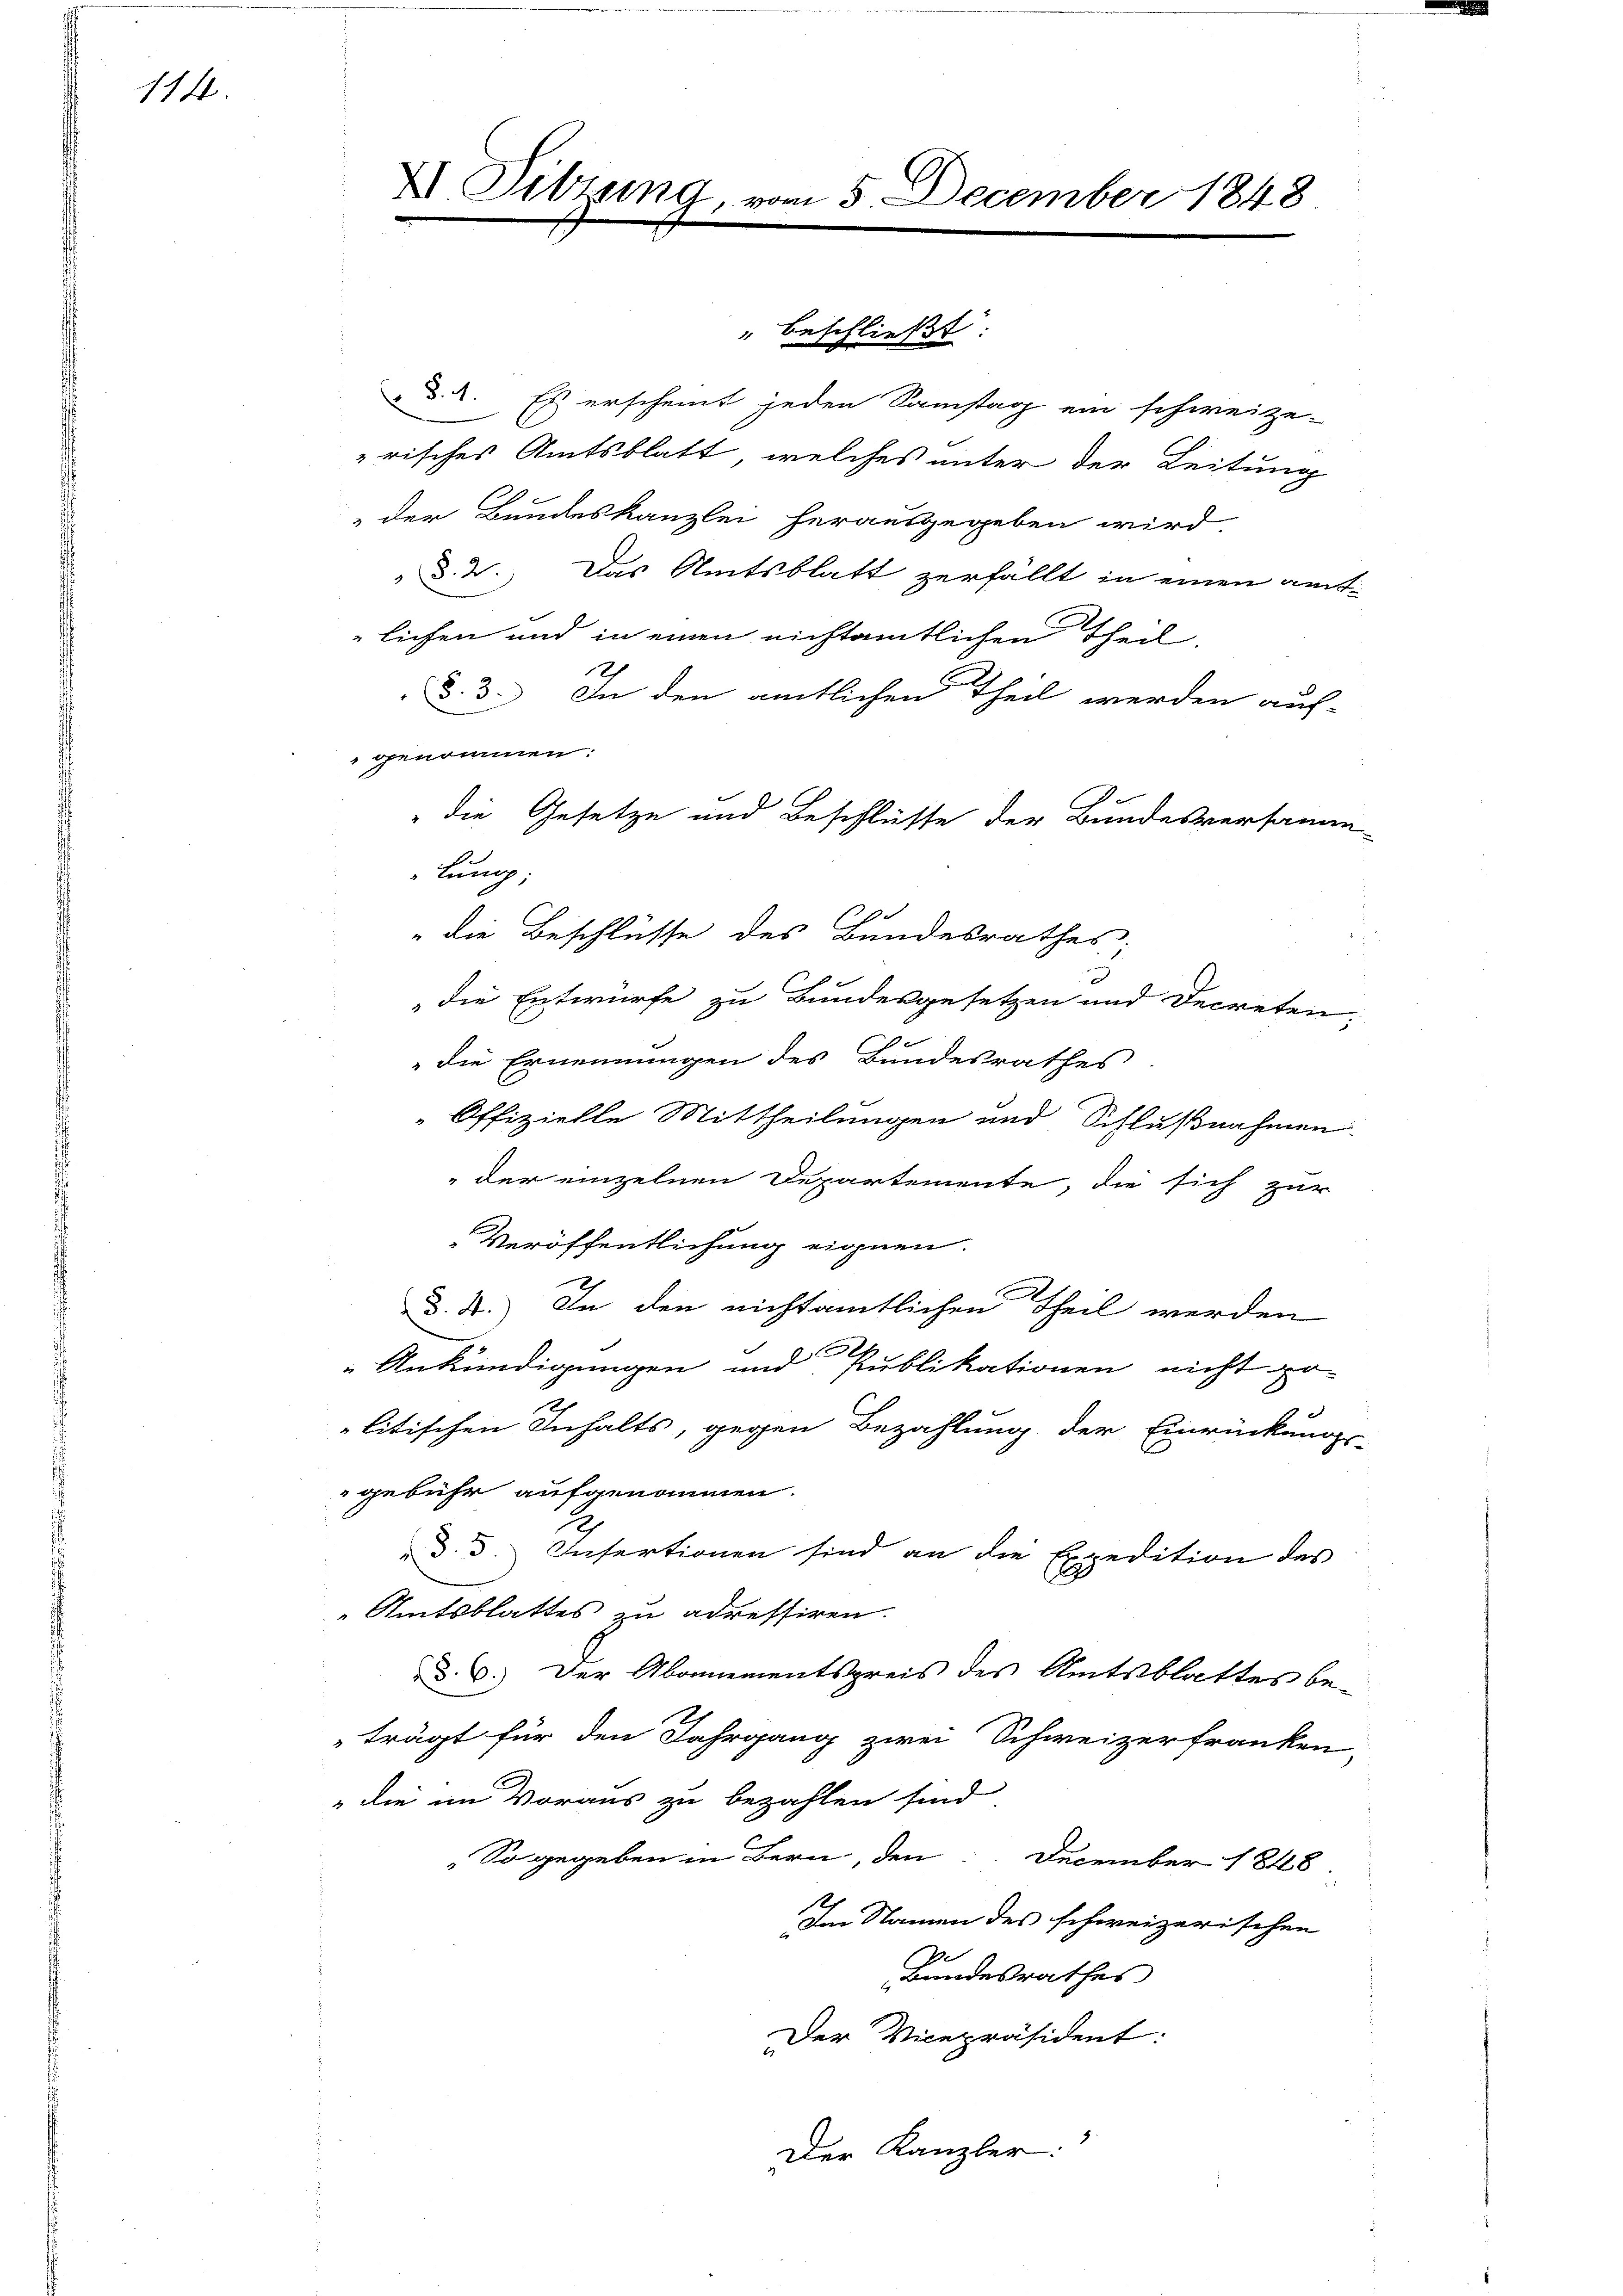
114.

.. Es erscheint jeden Samstag ein schweize-
risches Amtsblatt, welches unter der Leitung
 der Bundeskanzlei herausgegeben wird,
 §. 2. Das Amtsblatt zerfällt in einen amt
lichen und in einen nichtamtlichen Theil
E
§. 3. In den amtlichen Theil werden auf-
genommen.
"die Gesetze und Beschlüsse der Bundesversamm
lung.
" die Beschlüsse des Bundesrathes;
die Entwurfe zu Bundesgesetzen und Decreten;
die Ernennungen des Bundesrathes
Offizielle Mittheilungen und Schlußnahmen
"der einzelnen Departemente, die sich zur
Veröffentlichung eignen.
d. A.) In den nichtamtlichen Theil werden
Ankündigungen und Publikationen nicht vo
litischen Inhalts, gegen Bezahlung der Einrückungs-
gebühr aufgenommen.
d. 3. Infertionen sind an die Expedition des
Amtsblattes zu adressiren.
§. 6. Der Abonnementspreis des Amtsblattes be-
trägt für den Jahrgang zwei Schweizerfranken,
" die im Voraus zu bezahlen sind
So gegeben in Bern, den December 1848.
1.
Im Namen des schweizerischen
7
Bundesrathes
Der Vicepräsident:
Der Kanzler:

XI. Sitzung.

15 December 1848

" beschließt: